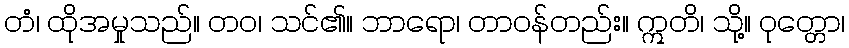
တံ၊ ထိုအမှုသည်။ တဝ၊ သင်၏။ ဘာရော၊ တာဝန်တည်း။ ဣတိ၊ သို့။ ဝုတ္တော၊